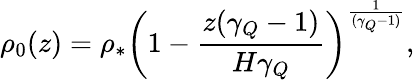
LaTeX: \rho_{0}(z)=\rho_{*}\left(1-\frac{z(\gamma_{Q}-1)}{H\gamma_{Q}}\right)^{\frac{1}{(\gamma_{Q}-1)}},